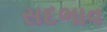
સદભાવ